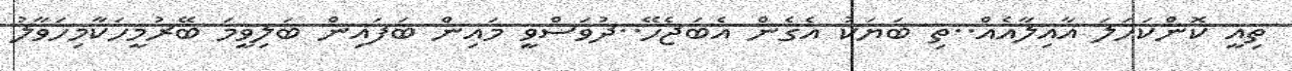
ތިއީ ކޮންކަހަލަ އާއިލާއެއް..ތި ބަޔަކު އެގެން އެބަޖެހޭ..ދުވަސްވީ މައިން ބަފައިން ބަލިވީމަ ބޭރުމީހަކާމިހަވާލު